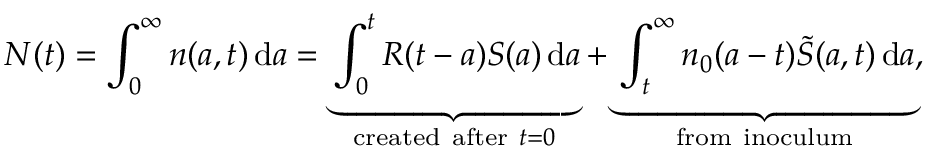
N ( t ) = \int _ { 0 } ^ { \infty } { n ( a , t ) \, \mathrm { d } a = \underbrace { \int _ { 0 } ^ { t } { R ( t - a ) S ( a ) \, \mathrm { d } a } } _ { \mathrm { c r e a t e d ~ a f t e r ~ } t = 0 } + \underbrace { \int _ { t } ^ { \infty } { { { n } _ { 0 } } ( a - t ) \tilde { S } ( { a , t } ) \, \mathrm { d } a } } _ { \mathrm { f r o m ~ i n o c u l u m } } } ,